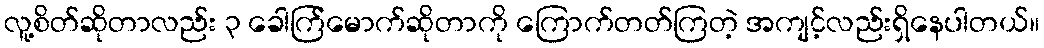
လူ့စိတ်ဆိုတာလည်း ၃ ခေါက်ြမောက်ဆိုတာကို ကြောက်တတ်ကြတဲ့ အကျင့်လည်းရှိနေပါတယ်။